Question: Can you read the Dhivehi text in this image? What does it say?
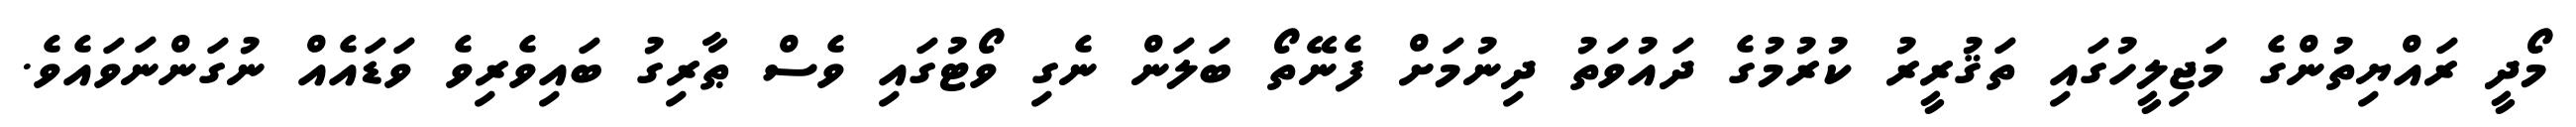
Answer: މޯދީ ރައްޔިތުންގެ މަޖިލީހުގައި ތަޤުރީރު ކުރުމުގެ ދައުވަތު ދިނުމަށް ފެނޭތޯ ބަލަން ނެގި ވޯޓުގައި ވެސް ޠާރިގު ބައިވެރިވެ ވަޑައެއް ނުގަންނަވައެވެ.